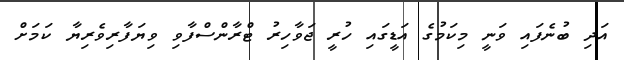
އަދި ބުނެފައި ވަނީ މިކަމުގެ އަޑީގައި ހުރީ ޖަވާހިރު ޓްރާންސްފާވި ވިޔަފާރިވެރިޔާ ކަމަށް